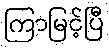
ကြာမြင့်ပြီ